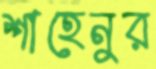
শাহেনুর